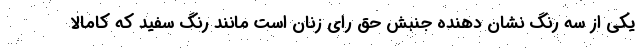
یکی از سه رنگ نشان دهنده جنبش حق رای زنان است مانند رنگ سفید که کامالا